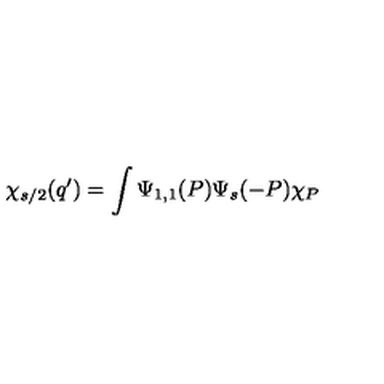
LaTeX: \chi _ { s / 2 } ( q ^ { \prime } ) = \int \Psi _ { 1 , 1 } ( P ) \Psi _ { s } ( - P ) \chi _ { P }